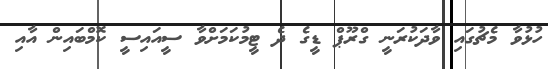
ހުޅުވާ މެޗުގައި ވާދަކުރަނީ ގްރޫޕް ޑީގެ ދެ ޓީމުކަމަށްވާ ސީއައިސީ ކޮމްބައިން އާއި